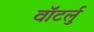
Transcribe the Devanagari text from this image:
वॉटर्लु